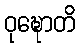
ဝုဍ္ဎောတိ